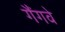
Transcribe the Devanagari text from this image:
गैंगवे